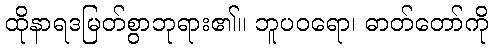
ထိုနာရဒမြတ်စွာဘုရား၏။ ဘူပဝရော၊ ဓာတ်တော်ကို